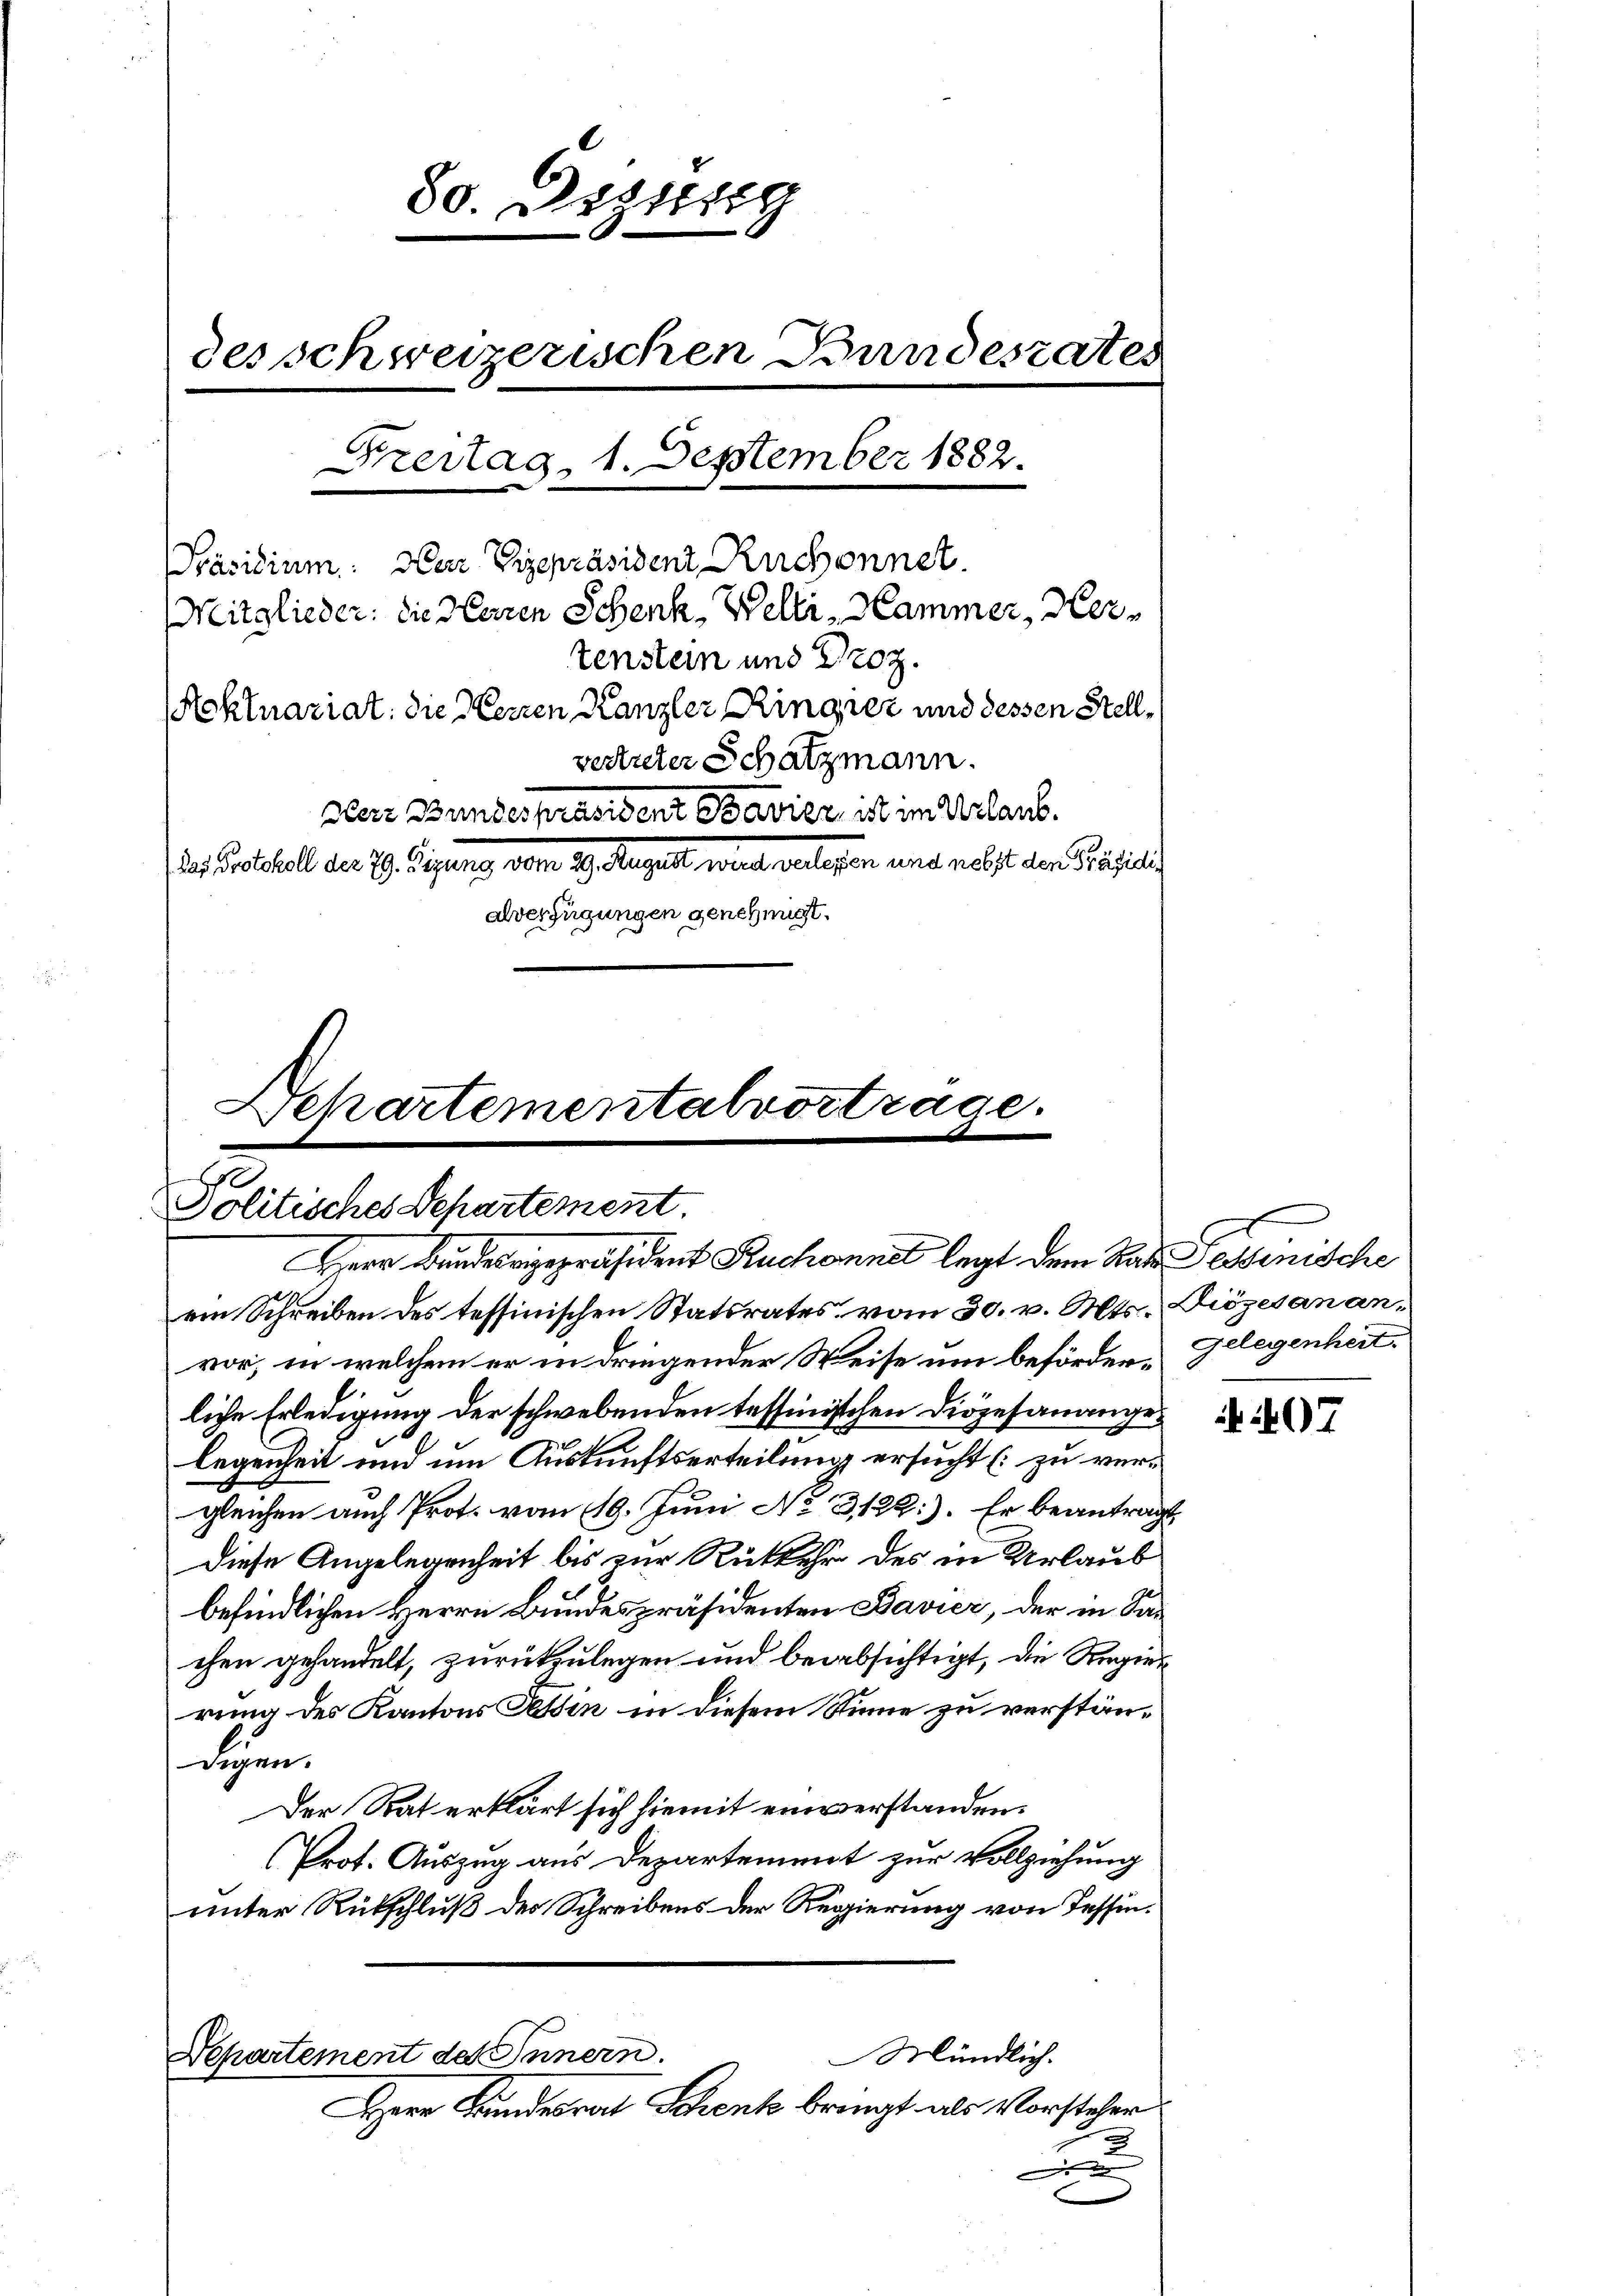
80. Deztig
des schweizerischen Bandestates
Breitag, 1. September 1882.
Präsidium. Herr Vizepräsident Ruchonnet.
Mitglieder: die Herren Schenk, Welti, Hammer, Hertenstein und Proz.
oklnariat: die Herren Kanzler Ringrez und dessen Stellvertreter Schatzmann.
Der Bundespräsident Bavier ist im Urlaub.
d u testalt der 29. Lesung aber 19. August, weitet welchen und nebst der Präsen
alverfügungen genehmigt.

Schartementalvortrage.
.
Politisches Departement.
Herr Bunderizepräsident Ruchonnet legt dem Rat. Petenische

ein Schreiben des tessinischen Statsrates vom 30. v. Mts. Diözesananvor; in welchem er in dringender Weise um beförderliche Erledigung der schwebenden tessinischen Diözesanangelegenheit und um Auskunftserteilung ersucht (zu vergleichen auch Prot. vom 19. Juni No 3122.). Er beantragt,
Diese Angelegenheit bis zur Rückkehr des in Urlaub
befindlichen Herrn Bundespräsidenten Bavier, der in San
chen gehandelt, zurückzulegen und beabsichtigt, die Regierung des Kantons Tessin in diesem Sinne zu verstänsigen.
Der Rat erklärt sich hiemit einverstanden.
(Prot. Auszug aus Departement zur Vollziehung
unter Rückschluß des Schreibens der Regierung von Tessin¬
Mündlich.
Departement des Innern.
Herr Bundesrat Schenk bringt als Vorsteher
2
d

gelegenheit.

07